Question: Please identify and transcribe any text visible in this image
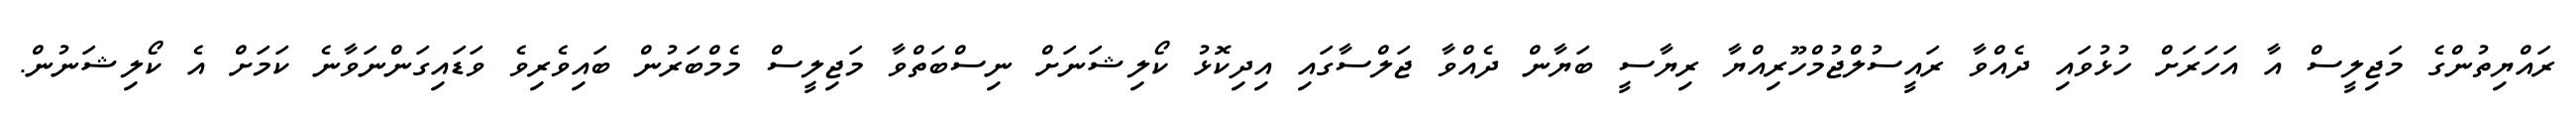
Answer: ރައްޔިތުންގެ މަޖިލީސް އާ އަހަރަށް ހުޅުވައި ދެއްވާ ރައީސުލްޖުމްހޫރިއްޔާ ރިޔާސީ ބަޔާން ދެއްވާ ޖަލްސާގައި އިދިކޮޅު ކޯލިޝަނަށް ނިސްބަތްވާ މަޖިލީސް މެމްބަރުން ބައިވެރިވެ ވަޑައިގަންނަވާނެ ކަމަށް އެ ކޯލިޝަނުން.